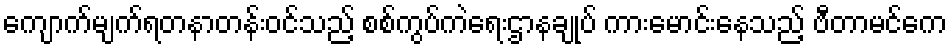
ကျောက်မျက်ရတနာတန်းဝင်သည့် စစ်ကွပ်ကဲရေးဌာနချုပ် ကားမောင်းနေသည့် ဗီတာမင်ကေ